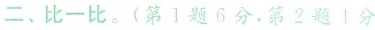
二、比一比。(第1题6分。第2题1分